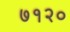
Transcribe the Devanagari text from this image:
७१२०